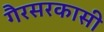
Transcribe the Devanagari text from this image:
गैरसरकासी